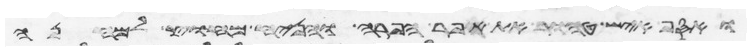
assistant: ואסף איש טהור את אפר הפרה והניח מחוץ למחנה